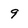
Character: 9